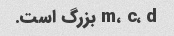
m، c، d بزرگ است.